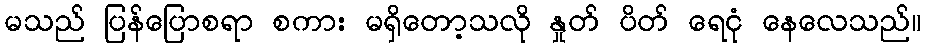
မသည် ပြန်ပြောစရာ စကား မရှိတော့သလို နှုတ် ပိတ် ရေငုံ နေလေသည်။